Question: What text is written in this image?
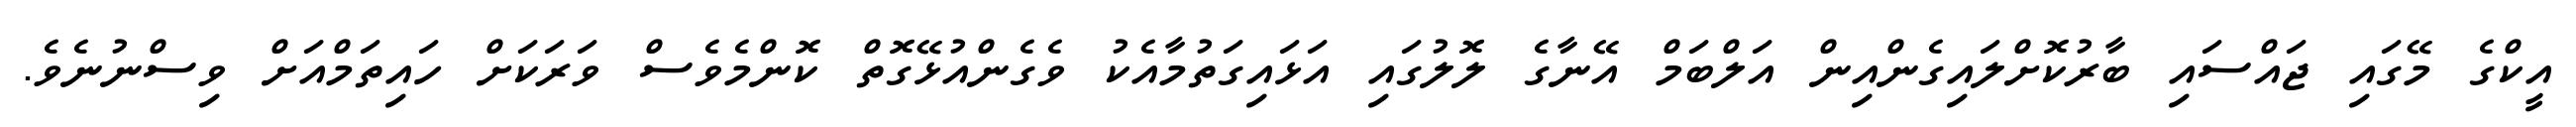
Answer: އީކްގެ މޭގައި ޖައްސައި ބާރުކޮށްލައިގެންއިން އަލްބަމް އޭނާގެ ލޮލުގައި އަޅައިގަތުމާއެކު ވެގެންއުޅޭގޮތް ކޮންމެވެސް ވަރަކަށް ހައިތަމްއަށް ވިސްނުނެވެ.